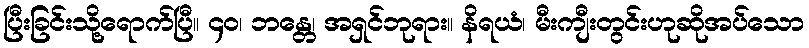
ပြီးခြင်းသို့ရောက်ပြီ။ ၄၀၊ ဘန္တေ၊ အရှင်ဘုရား။ နိရယံ၊ မီးကျီးတွင်းဟုဆိုအပ်သော